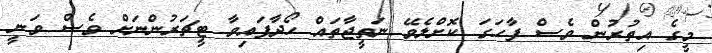
މީގެ އިތުރުން ވެސް ފާހަގަ ކޮށްލެވޭ ނަތީޖާތައް ހޯދާފައިވާ ޓީޗަރުންނަށް ވެސް ވަނީ